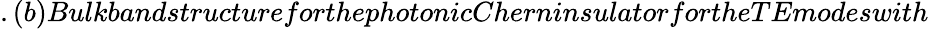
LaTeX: .(b)BulkbandstructureforthephotonicCherninsulatorfortheTEmodeswith